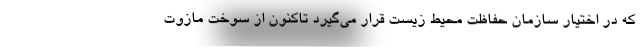
که در اختیار سازمان حفاظت محیط‌ زیست قرار می‌گیرد تاکنون از سوخت مازوت